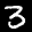
Label: 3